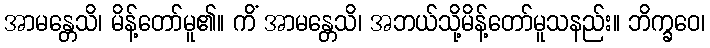
အာမန္တေသိ၊ မိန့်တော်မူ၏။ ကိံ အာမန္တေသိ၊ အဘယ်သို့မိန့်တော်မူသနည်း။ ဘိက္ခဝေ၊